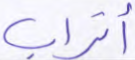
أتراب